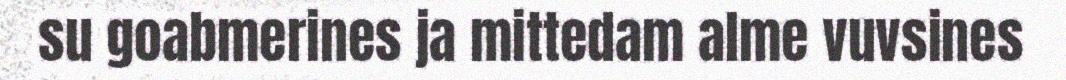
su goabmerines ja mittedam alme vuvsines